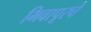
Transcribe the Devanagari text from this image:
भिवापूरचे